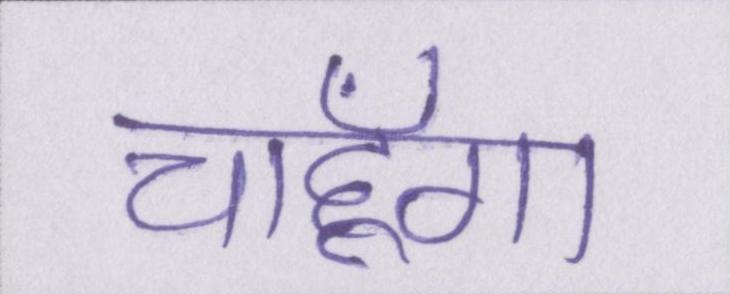
चाहूँगा